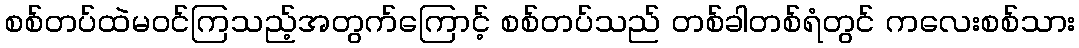
စစ်တပ်ထဲမဝင်ကြသည့်အတွက်ကြောင့် စစ်တပ်သည် တစ်ခါတစ်ရံတွင် ကလေးစစ်သား